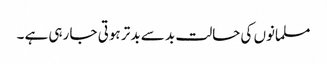
مسلمانوں کی حالت بد سے بد تر ہوتی جا رہی ہے ۔